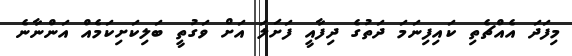
މިފަދަ އެއްޗެތި ކައިފިނަމަ ދަތުގެ ދިފާއީ ފަށަލަ އަށް ވަގުތީ ބަލިކަށިކަމެއް އަންނާނެ